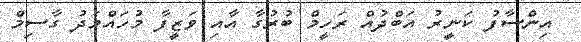
އިންސާފު ކަނީރު އަބްދުއް ރަހީމް ބުރުގާ އާއި ވަޒީފާ މުހައްމަދު ގާސިމް